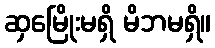
ဆှမြေိုးမရှိ မိဘမရှိ။